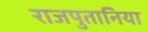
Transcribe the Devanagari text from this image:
राजपुतानिया